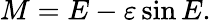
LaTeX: M=E-\varepsilon\sin E.